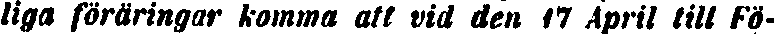
liga föraringar komma att vid den 17 April till Fö-